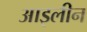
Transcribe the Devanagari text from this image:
आइलीन